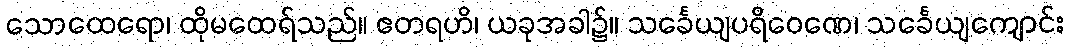
သောထေရော၊ ထိုမထေရ်သည်။ ဧတရဟိ၊ ယခုအခါ၌။ သင်္ခေယျပရိဝေဏေ၊ သင်္ခေယျကျောင်း